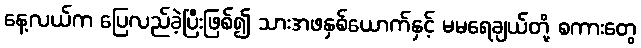
နေ့လယ်က ပြေလည်ခဲ့ပြီးဖြစ်၍ သားအဖနှစ်ယောက်နှင့် မမရေချယ်တို့ စကားတွေ